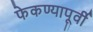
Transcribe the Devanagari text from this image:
फेकण्यापूर्वी